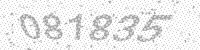
Solution: 081835